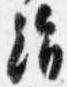
絹